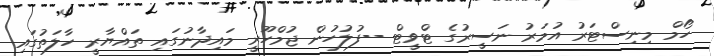
ހޯމް މިނިސްޓަރު އުމަރު ނަސީރުގެ ޓްވީޓް --ފުލުހުން ޖުމްހޫރީ މައިދާނުގައި ތައްޔާރީ ހާލަތުގައި